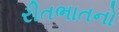
રીતભાતનો